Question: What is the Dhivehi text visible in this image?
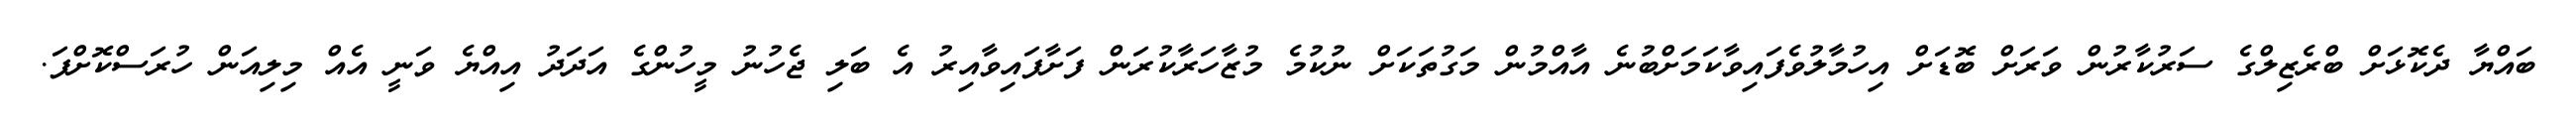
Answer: ބައްޔާ ދެކޮޅަށް ބްރެޒިލްގެ ސަރުކާރުން ވަރަށް ބޮޑަށް އިހުމާލުވެފައިވާކަމަށްބުނެ އާއްމުން މަގުތަކަށް ނުކުމެ މުޒާހަރާކުރަން ފަށާފައިވާއިރު އެ ބަލި ޖެހުނު މީހުންގެ އަދަދު އިއްޔެ ވަނީ އެއް މިލިއަން ހުރަސްކޮށްފަ.